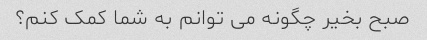
صبح بخیر چگونه می توانم به شما کمک کنم؟